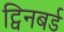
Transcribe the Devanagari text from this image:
ट्विनबर्ड